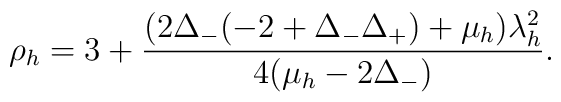
\rho_h = 3+\frac{(2\Delta_- (-2 + \Delta_- \Delta_+) + \mu_h) \lambda_h^2}{4 (\mu_h-2 \Delta_-)}.